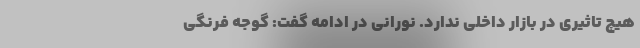
هیچ تاثیری در بازار داخلی ندارد. نورانی در ادامه گفت: گوجه فرنگی